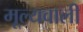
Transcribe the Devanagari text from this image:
मूल्यवाली